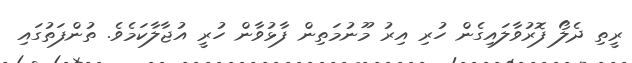
ރީތި ދެލޯ ފޮރުވާލައިގެން ހުރި އިރު މޫނުމަތިން ފާޅުވާން ހުރީ އުޖާލާކަމެވެ. ތުންފަތުގައި